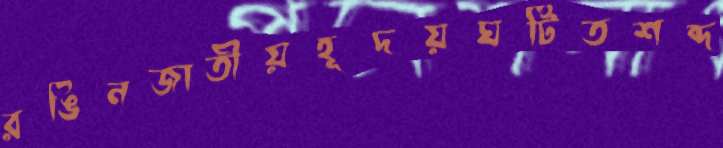
রঙিনজাতীয়হূদয়ঘটিতশব্দ